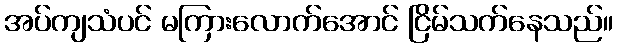
အပ်ကျသံပင် မကြားလောက်အောင် ငြိမ်သက်နေသည်။